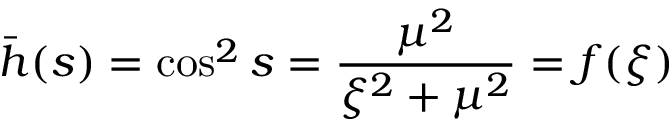
\bar { h } ( s ) = \cos ^ { 2 } s = \frac { \mu ^ { 2 } } { \xi ^ { 2 } + \mu ^ { 2 } } = f ( \xi )